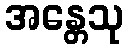
အန္တေသု